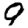
Digit: 9